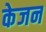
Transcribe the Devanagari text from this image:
केजन